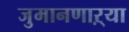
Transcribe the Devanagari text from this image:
जुमानणाऱ्या